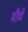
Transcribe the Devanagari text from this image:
मीचें